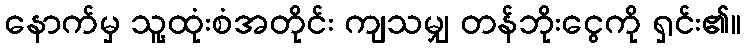
နောက်မှ သူ့ထုံးစံအတိုင်း ကျသမျှ တန်ဘိုးငွေကို ရှင်း၏။